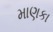
માણકા